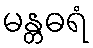
မန္တဓရံ